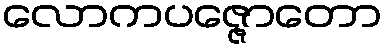
လောကပဇ္ဇောတော